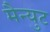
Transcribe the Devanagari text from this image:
मैन्युट